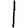
Digit: 1